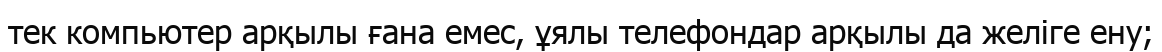
тек компьютер арқылы ғана емес, ұялы телефондар арқылы да желіге ену;